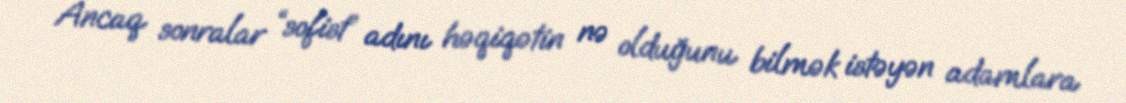
Ancaq sonralar “sofist” adını həqiqətin nə olduğunu bilmək istəyən adamlara